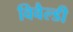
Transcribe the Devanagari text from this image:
विवैल्डी